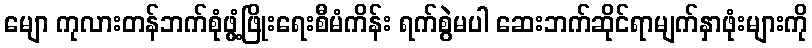
မျော ကုလားတန်ဘက်စုံဖွံ့ဖြိုးရေးစီမံကိန်း ရက်စွဲမပါ ဆေးဘက်ဆိုင်ရာမျက်နှာဖုံးများကို